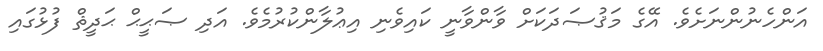
އަންހެނުންނަށެވެ. އޭގެ މަޤުޞަދަކަށް ވާންވާނީ ކައިވެނި އިޢުލާންކުރުމެވެ. އަދި ޞަޙީޙް ޙަދީޘް ފުޅުގައި